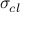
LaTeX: \sigma _ { c l }